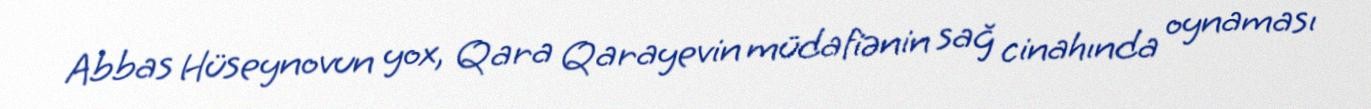
Abbas Hüseynovun yox, Qara Qarayevin müdafiənin sağ cinahında oynaması